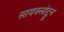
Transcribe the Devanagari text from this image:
सायक्लोट्रून